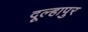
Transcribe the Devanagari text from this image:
दूल्हापुर